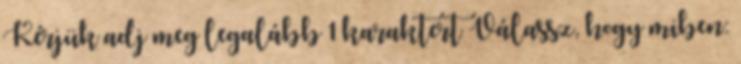
Kérjük adj meg legalább 1 karaktert Válassz, hogy miben: